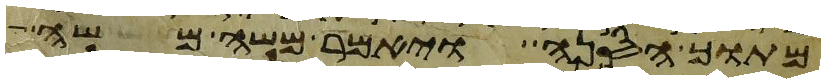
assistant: מתוך הסנה ויאמר משה משה